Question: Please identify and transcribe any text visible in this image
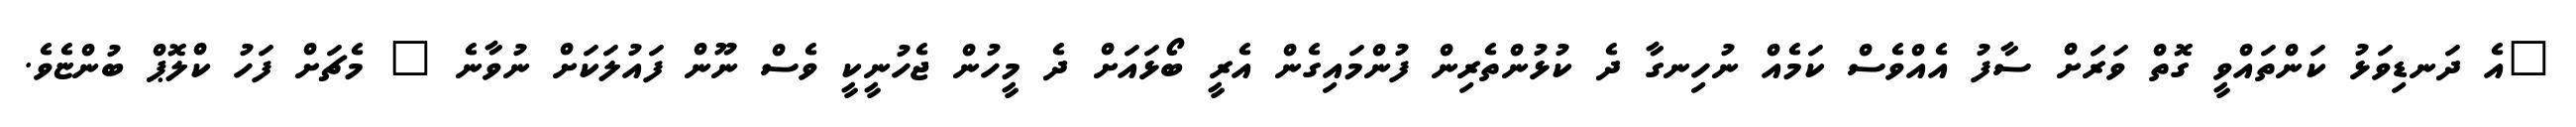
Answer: "އެ ދަނޑިވަޅު ކަންތައްވީ ގޮތް ވަރަަށް ސާފު އެއްވެސް ކަމެއް ނުހިނގާ ދެ ކުޅުންތެރިން ފުންމައިގެން އެރީ ބޯޅައަށް ދެ މީހުން ޖެހުނީކީ ވެސް ނޫން ފައުލަކަށް ނުވާނެ " މެޗަށް ފަހު ކްލޮޕް ބުންޏެވެ.